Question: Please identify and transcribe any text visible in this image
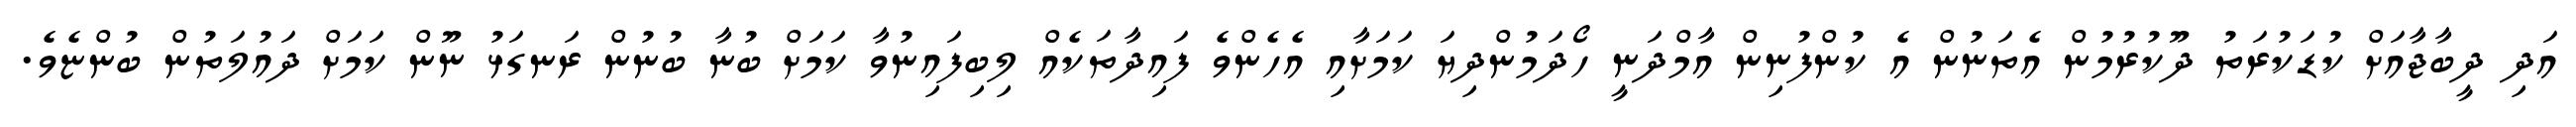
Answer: އަދި ދީބާޖާއަށް ކުޑަކުރަތު ދޫކުރުމުން އެތަނުން އެ ކުންފުނިން އާމްދަނީ ހޯދަމުންދިޔަ ކަމަށާއި އެހެންވެ ފައިދާތަކެއް ލިބިފައިނުވާ ކަމަށް ބުނާ ބުނުން ރަނގަޅު ނޫން ކަމަށް ދައުލަތުން ބުންޏެވެ.